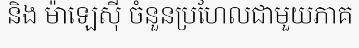
និង ម៉ាឡេស៊ី ចំនួនប្រហែលជាមួយភាគ